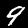
Label: 9